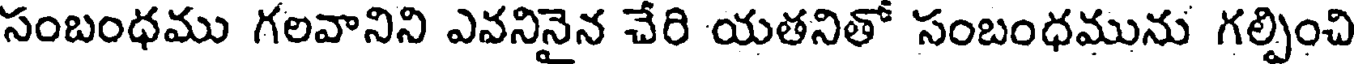
సంబంధము గలవానిని ఎవనినైన చేరి యతనితో సంబంధమును గల్పించి